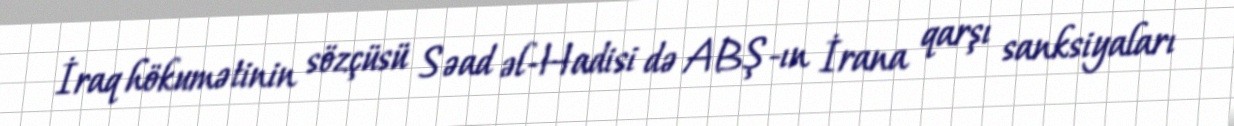
İraq hökumətinin sözçüsü Səad əl-Hadisi də ABŞ-ın İrana qarşı sanksiyaları